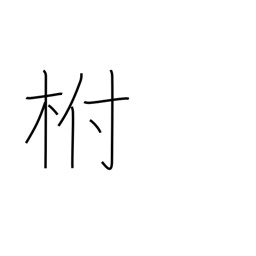
Meaning: calyx